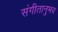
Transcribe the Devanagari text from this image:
संगीतानुभव